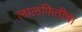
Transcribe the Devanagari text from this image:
लालफितीचा